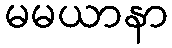
မမယာနာ